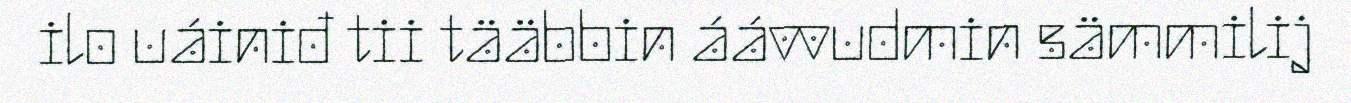
ilo uáiniđ tii tääbbin áávvudmin sämmilij